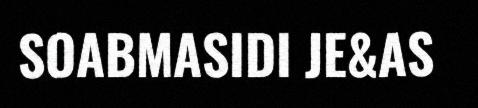
SOABMASIDI JE&AS